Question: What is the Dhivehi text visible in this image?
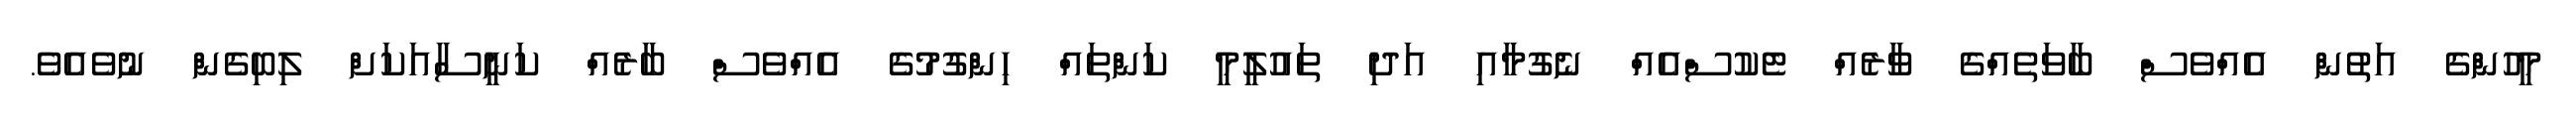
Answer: މީހުންގެ އަތުން އެއްވެސް ބާވަތެއްގެ ވާރެއް ޓެކުސްއެއް ނެގުމާއި އަދި ތައުލީމީ ކަންތައް ހިންގުމުގެ އެއްވެސް ބާރެއް ކަނީސާއަކަށް ލިބިގެން ނުވެއެވެ.